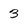
Character: 3